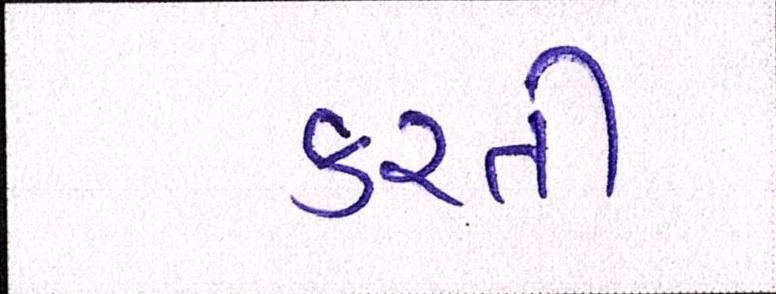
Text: કરતી